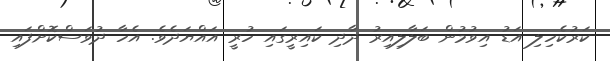
ކަރުކެހިލި އަޑު އިވުމުން ބަލާލިއިރު ދާދި ކައިރީގައި ހުރީ އައްޔަދެވެ. އެހާ ދުވަސްކޮށްފައި